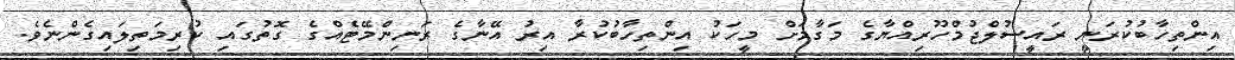
އިންތިހާބުކުރަނީ ރައީސުލްޖުމްހޫރިއްޔާގެ މަގާމަށް މީހަކު އިންތިހާބުކުރާ އިރު އޭނާގެ ރަނިންމޭޓެއްގެ ގޮތުގައި ކުރިމަތިލައިގެންނެވެ.